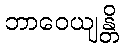
ဘာဝေယျန္တိ